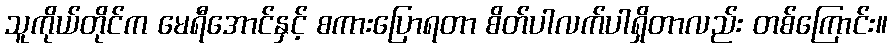
သူကိုယ်တိုင်က မေရီအောင်နှင့် စကားပြောရတာ စိတ်ပါလက်ပါရှိတာလည်း တစ်ကြောင်း။